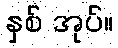
နှစ် အုပ်။